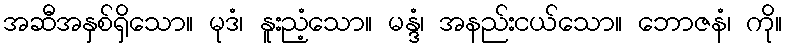
အဆီအနှစ်ရှိသော။ မုဒံ၊ နူးညံ့သော။ မန္ဒံ၊ အနည်းငယ်သော။ ဘောဇနံ၊ ကို။